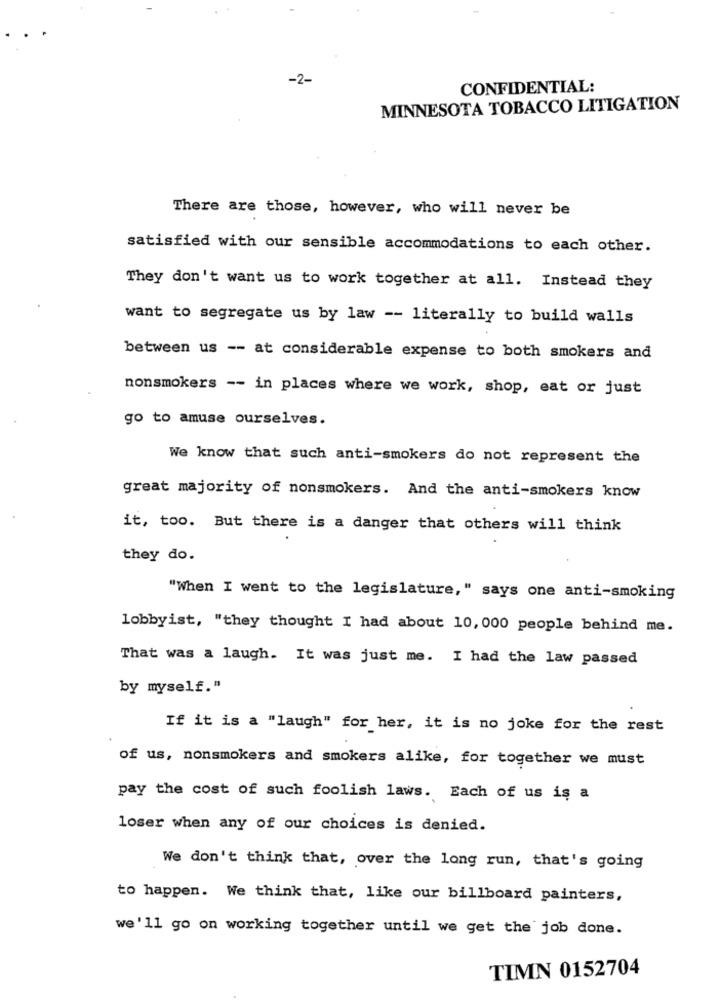
-2-
CONFIDENTIAL:
MINNESOTA TOBACCO LITIGATION
There are those, however, who will never be
satisfied with our sensible accommodations to each other.
They don't want us to work together at all. Instead they
want to segregate us by law -- literally to build walls
between us -- at considerable expense to both smokers and
nonsmokers -- in places where we work, shop, eat or just
go to amuse ourselves.
We know that such anti-smokers do not represent the
great majority of nonsmokers. And the anti-smokers know
it, too. But there is a danger that others will think
they do.
"When I went to the legislature," says one anti-smoking
lobbyist, "they thought I had about 10, 000 people behind me.
That was a laugh. It was just me. I had the law passed
by myself."
If it is a "laugh" for her, it is no joke for the rest
of us, nonsmokers and smokers alike, for together we must
pay the cost of such foolish laws. Each of us is a
loser when any of our choices is denied.
We don't think that, over the long run, that's going
to happen. We think that, like our billboard painters,
we'll go on working together until we get the job done.
TIMN 0152704